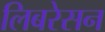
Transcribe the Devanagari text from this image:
लिबरेसन